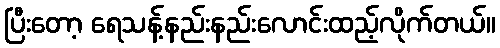
ပြီးတော့ ရေသန့်နည်းနည်းလောင်းထည့်လိုက်တယ်။